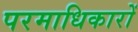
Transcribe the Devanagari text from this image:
परमाधिकारों